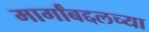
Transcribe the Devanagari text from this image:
मार्गांबद्दलच्या